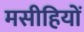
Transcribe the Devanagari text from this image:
मसीहियों